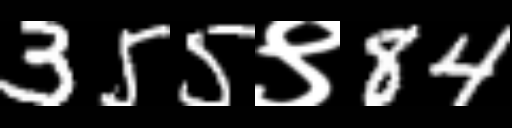
Text: 355९84